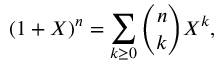
( 1 + X ) ^ { n } = \sum _ { k \geq 0 } { \binom { n } { k } } X ^ { k } ,